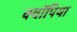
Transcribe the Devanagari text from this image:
क्वॉपिया